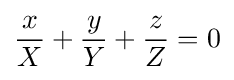
{\frac {x}{X}}+{\frac {y}{Y}}+{\frac {z}{Z}}=0